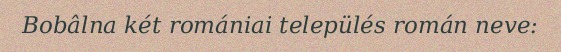
Bobâlna két romániai település román neve: